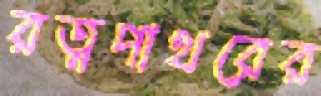
রত্নপাথরের